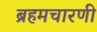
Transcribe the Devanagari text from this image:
ब्रहमचारणी